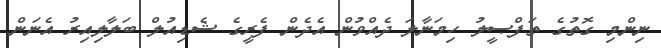
ނިންމި ގޮތުގެ ތަފްޞީލު ހިމަނާލަ ދެއްވުން އެދެން ފެރީގެ ޝެޑިއުލް ބަލާލިއިރު އެނަން